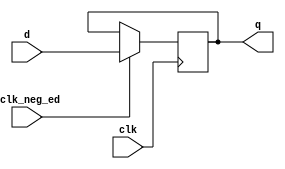
module d_flipflop(clk, sclk_neg_ed, d, q);

input clk;
input d;
input sclk_neg_ed;
output reg q;

always @ ( posedge clk ) begin
	if (sclk_neg_ed) begin
		q <= d;
	end
end
	
endmodule